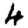
Digit: 4